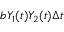
b Y _ { 1 } ( t ) Y _ { 2 } ( t ) \Delta t